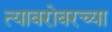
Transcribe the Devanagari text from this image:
त्याबरोबरच्या